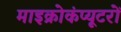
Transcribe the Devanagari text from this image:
माइक्रोकंप्यूटरों